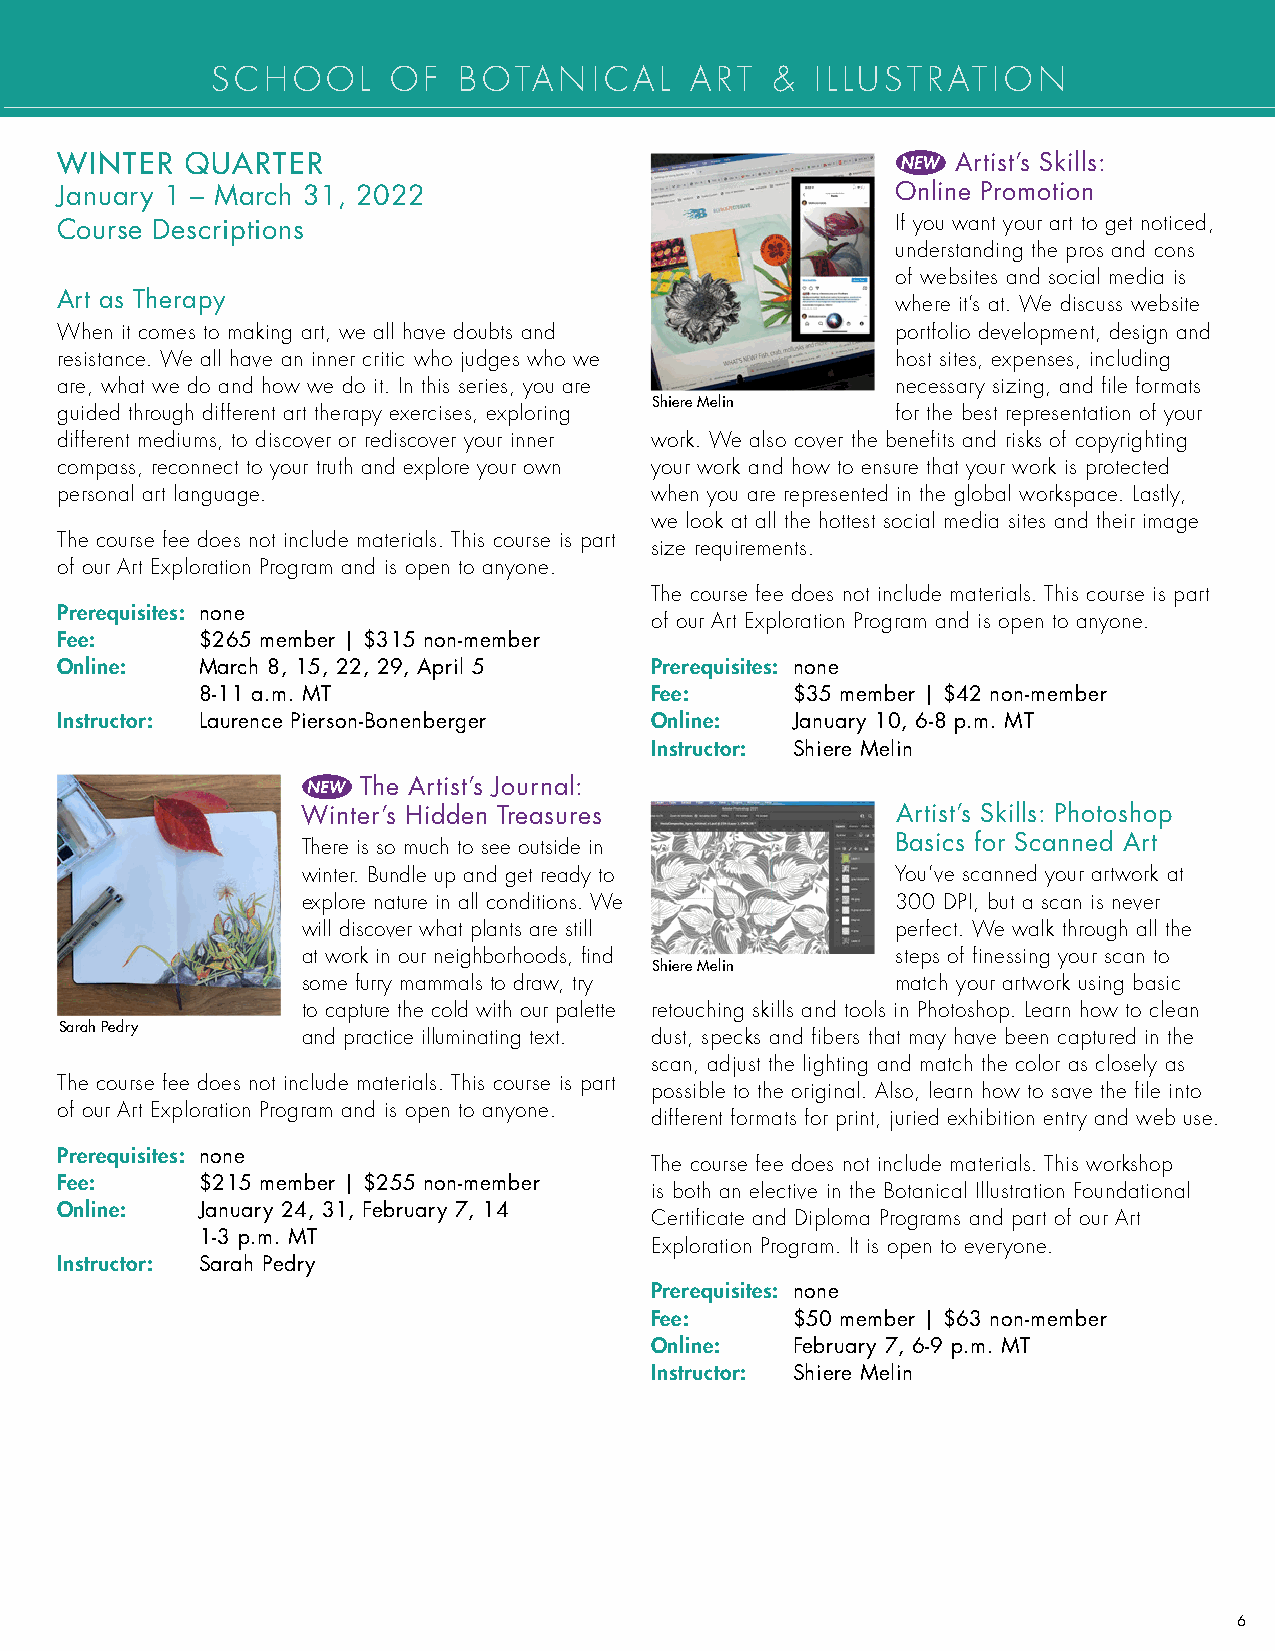
SCHOOL      OF  BOTANICAL       ART  &  ILLUSTRATION
 WINTER  QUARTER                                            Artist’s Skills:
 January 1 – March 31, 2022                             Online Promotion
 Course Descriptions                                    If you want your art to get noticed,
 understanding the pros and cons
 of websites and social media is
 Art as Therapy                                         where it’s at. We discuss website
 When it comes to making art, we all have doubts and    portfolio development, design and
 resistance. We all have an inner critic who judges who we host sites, expenses, including
 are, what we do and how we do it. In this series, you are necessary sizing, and file formats
 Shiere Melin
 guided through different art therapy exercises, exploring for the best representation of your
 different mediums, to discover or rediscover your inner work. We also cover the benefits and risks of copyrighting
 compass, reconnect to your truth and explore your own your work and how to ensure that your work is protected
 personal art language.                 when you are represented in the global workspace. Lastly,
 we look at all the hottest social media sites and their image
 The course fee does not include materials. This course is part
 size requirements.
 of our Art Exploration Program and is open to anyone.
 The course fee does not include materials. This course is part
 Prerequisites: none
 of our Art Exploration Program and is open to anyone.
 Fee:     $265 member | $315 non-member
 Online:  March 8, 15, 22, 29, April 5  Prerequisites: n one
 8-11 a.m. MT                  Fee:     $35 member | $42 non-member
 Instructor: Laurence Pierson-Bonenberger Online: January 10, 6-8 p.m. MT
 Instructor: Shiere Melin
 The Artist’s Journal:
 Winter’s Hidden Treasures              Artist’s Skills: Photoshop
 There is so much to see outside in     Basics for Scanned Art
 winter. Bundle up and get ready to     You’ve scanned your artwork at
 explore nature in all conditions. We   300 DPI, but a scan is never
 will discover what plants are still    perfect. We walk through all the
 at work in our neighborhoods, find     steps of finessing your scan to
 Shiere Melin
 some furry mammals to draw, try        match your artwork using basic
 to capture the cold with our palette retouching skills and tools in Photoshop. Learn how to clean
 Sarah Pedry
 and practice illuminating text. dust, specks and fibers that may have been captured in the
 scan, adjust the lighting and match the color as closely as
 The course fee does not include materials. This course is part
 possible to the original. Also, learn how to save the file into
 of our Art Exploration Program and is open to anyone.
 different formats for print, juried exhibition entry and web use.
 Prerequisites: none
 The course fee does not include materials. This workshop
 Fee:     $215 member | $255 non-member
 is both an elective in the Botanical Illustration Foundational
 Online:  January 24, 31, February 7, 14
 Certificate and Diploma Programs and part of our Art
 1-3 p.m. MT
 Exploration Program. It is open to everyone.
 Instructor: Sarah Pedry
 Prerequisites: none
 Fee:     $50 member | $63 non-member
 Online:  February 7, 6-9 p.m. MT
 Instructor: Shiere Melin
 6